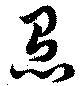
怠